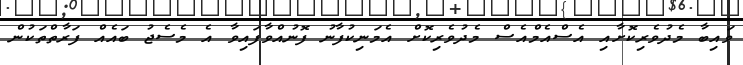
ވައިބާ މެދުވެރިކޮށާއި އެސްއެމްއެސް މެދުވެރިކޮށް އެމަނިކުފާނު ފޮނުއްވާފައިވާ އެ މެސެޖު ބައެއް ފަރާތްތަކުން